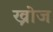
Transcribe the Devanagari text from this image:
ख्रोज